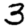
Digit: 3